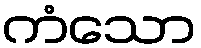
ကံသော